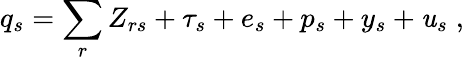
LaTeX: q_{s}=\sum_{r}Z_{rs}+\tau_{s}+e_{s}+p_{s}+y_{s}+\mathit{u}_{s}\; ,